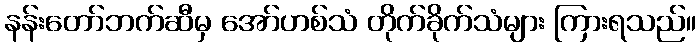
နန်းတော်ဘက်ဆီမှ အော်ဟစ်သံ တိုက်ခိုက်သံများ ကြားရသည်။